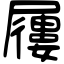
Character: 屨